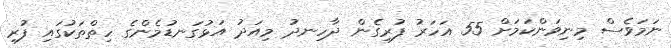
ނަމަވެސް މިނިވަންކަމަށް 55 އަހަރު ފުރިގެން ދާހިނދު މިއަދު އަޅުގަނޑުމެންގެ ހިތްތަކުގައި ފުރި